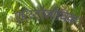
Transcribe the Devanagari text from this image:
एरिस्टोलोचिक